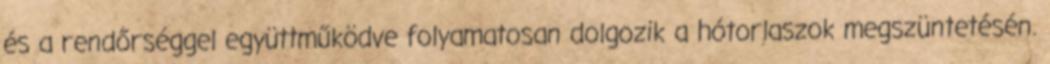
és a rendőrséggel együttműködve folyamatosan dolgozik a hótorlaszok megszüntetésén.